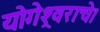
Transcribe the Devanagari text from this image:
योगेश्र्वराचे।